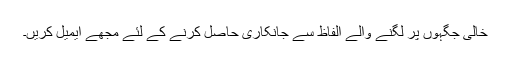
خالی جگہوں پر لگنے والے الفاظ سے جانکاری حاصل کرنے کے لئے مجھے ایمیل کریں۔